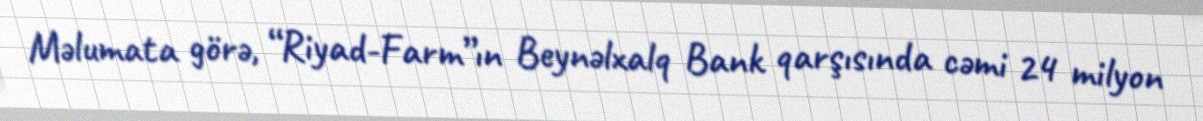
Məlumata görə, “Riyad-Farm”ın Beynəlxalq Bank qarşısında cəmi 24 milyon